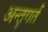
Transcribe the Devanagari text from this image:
अन्तृगर्त